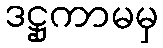
ဒဋ္ဌုကာမမှ